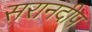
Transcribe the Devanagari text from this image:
सरानदीप